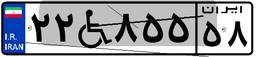
۲۲W۸۵۵۵۸